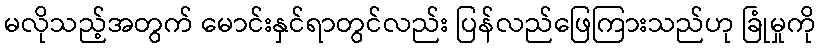
မလိုသည့်အတွက် မောင်းနှင်ရာတွင်လည်း ပြန်လည်ဖြေကြားသည်ဟု ခြုံမှုကို